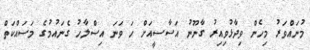
މުނައްވަރު މިހެން ވިދާޅުވިއިރު ގާނޫނު އަސާސީއަށް ހަ ވަނަ އިސްލާހު ގެނައުމުގެ މަސައްކަތް